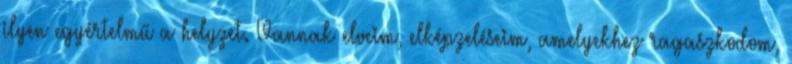
ilyen egyértelmű a helyzet. Vannak elveim, elképzeléseim, amelyekhez ragaszkodom,